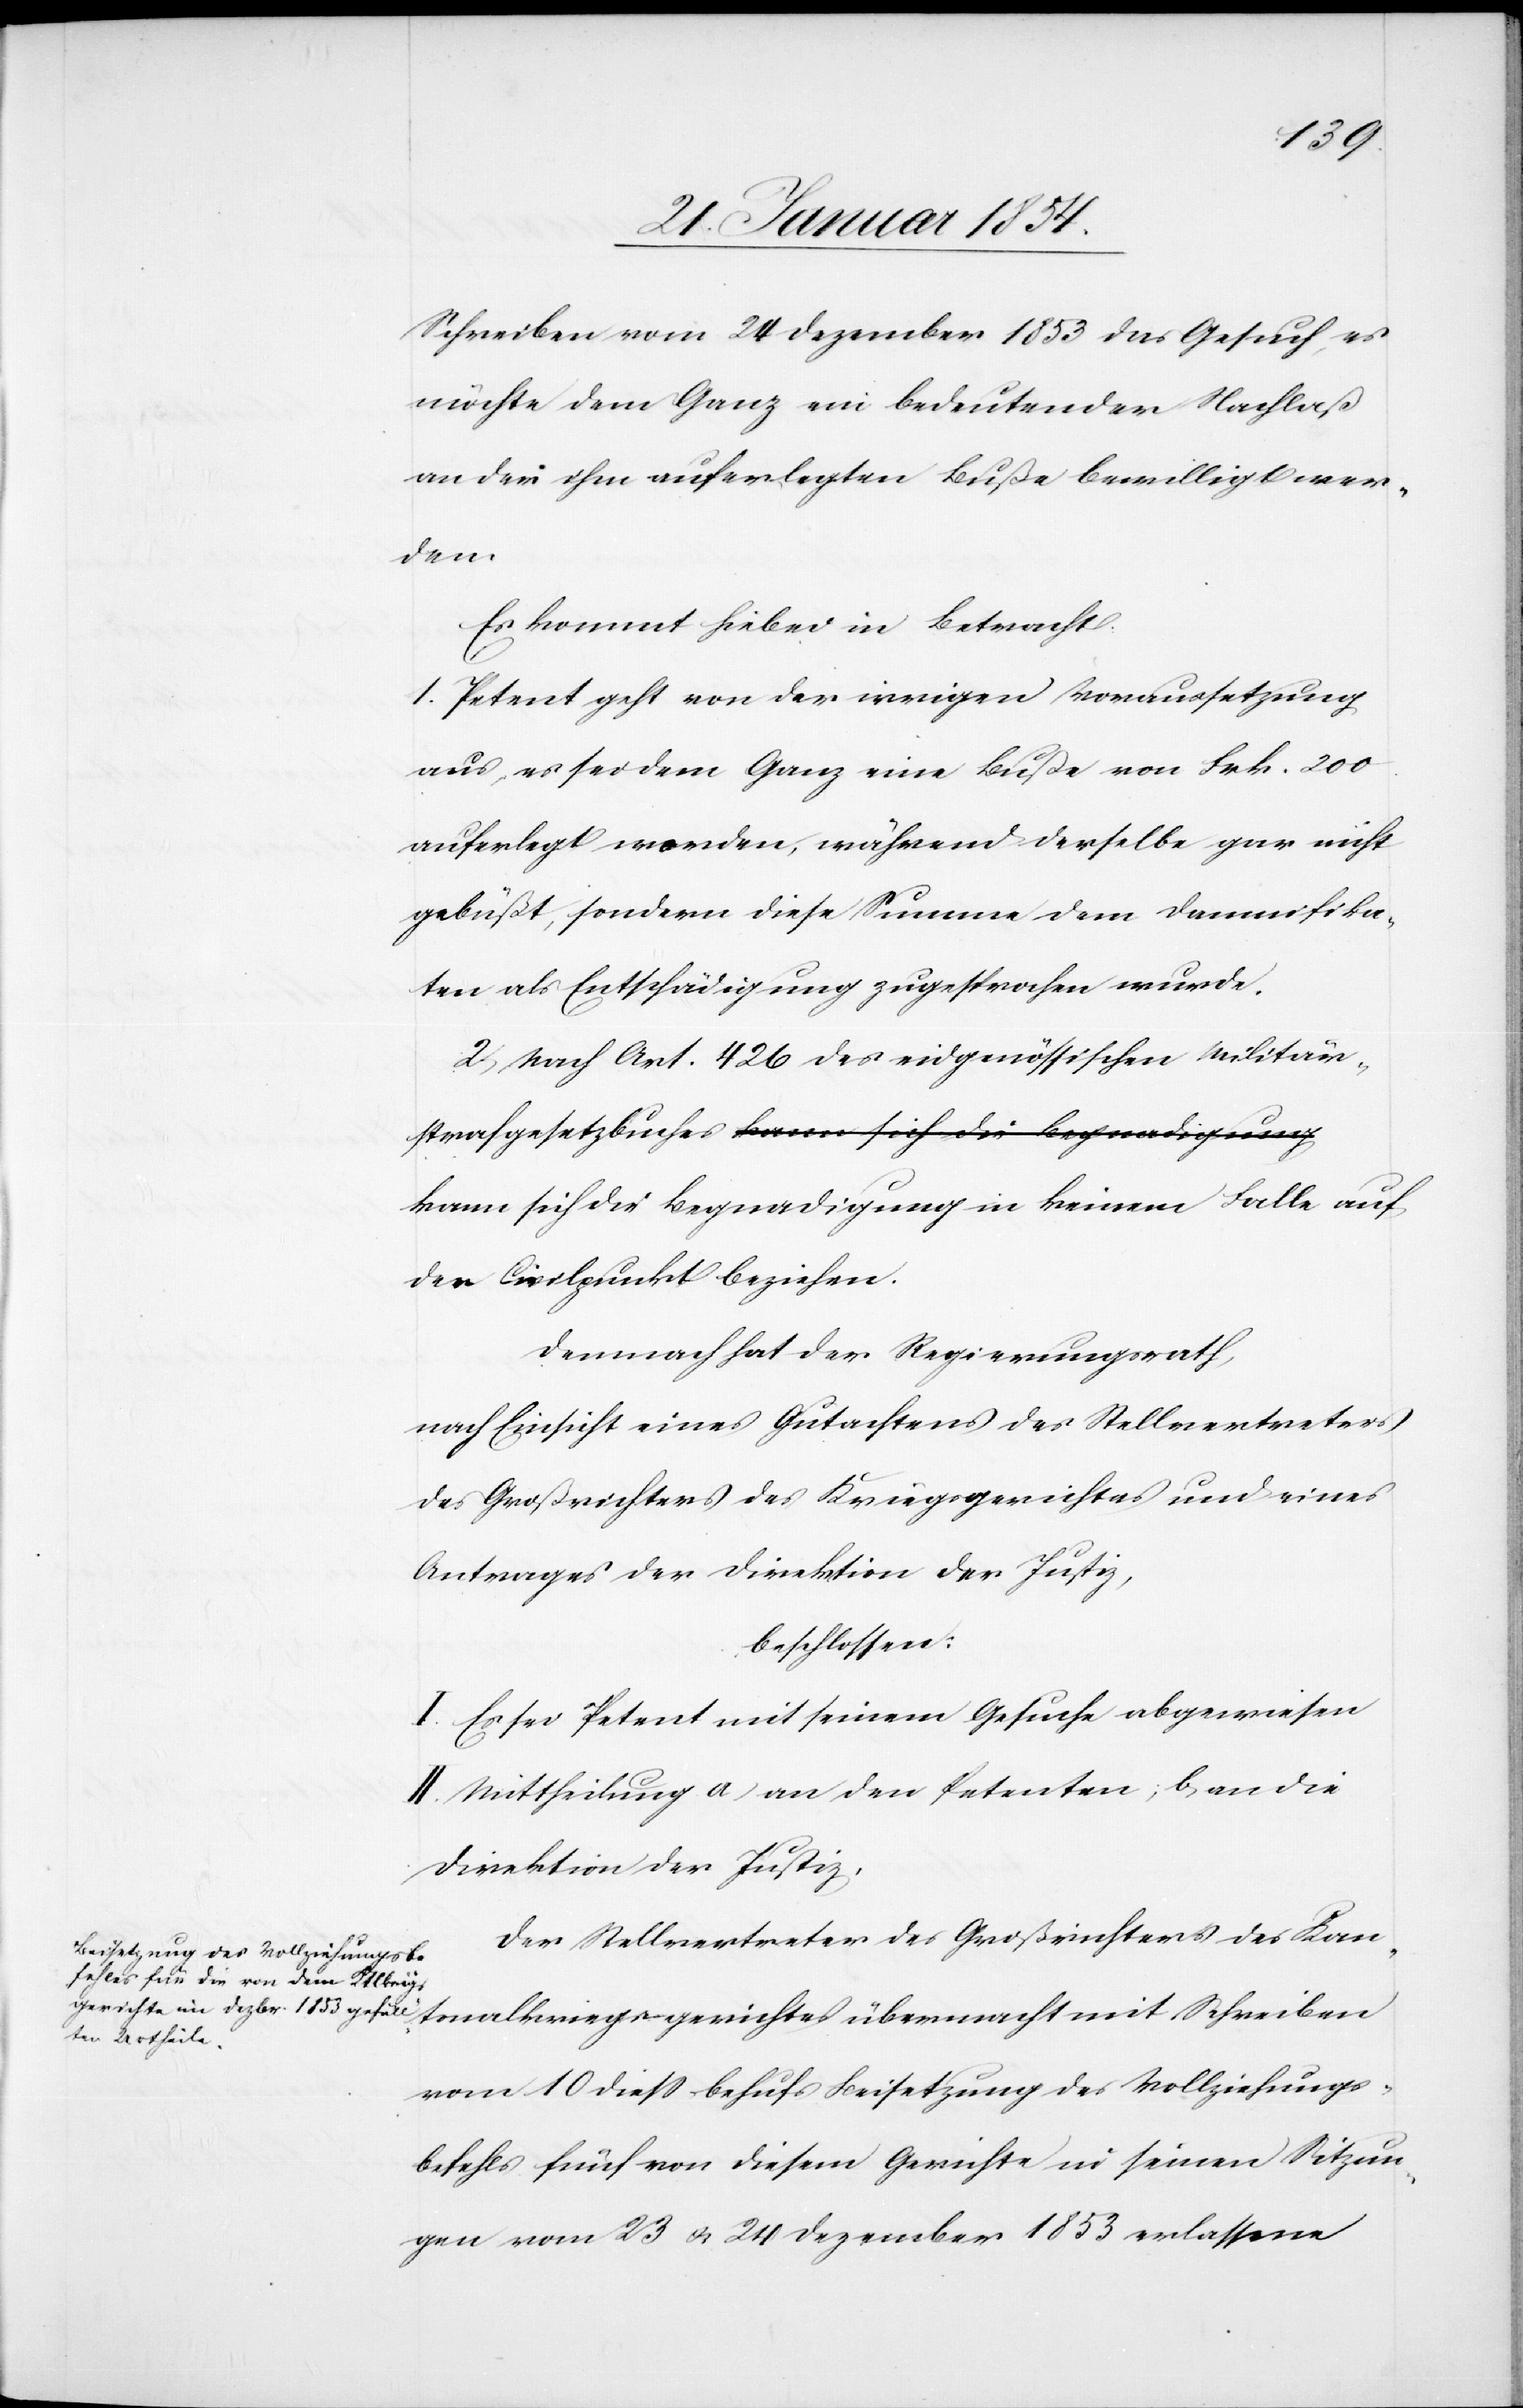
Schreiben vom 24 Dezember 1853 das Gesuch, es
möchte dem Ganz ein bedeutender Nachlaß
an der ihm auferlegten Buße bewilligt wer¬
den.
Es kommt hiebei in Betracht:
1. Petent geht von der irrigen Voraussetzung
aus, es sei dem Ganz eine Buße von Frk. 200
auferlegt worden, während derselbe gar nicht
gebüßt, sondern diese Summe dem Damnifika¬
ten als Entschädigung zugesprochen wurde.
2. Nach Art. 426 des eidgenössischen Militär¬
kann sich die Begnadigung in keinem Falle auf
den Civilpunkt beziehen.
Demnach hat der Regierungsrath,
nach Einsicht eines Gutachtens des Stellvertreters
des Großrichters des Kriegsgerichtes und eines
Antrages der Direktion der Justiz,
beschlossen:
I. Es sei Petent mit seinem Gesuche abgewiesen
II. Mittheilung a) an den Petenten; b) an die
Direktion der Justiz.
Der Stellvertreter des Großrichters des Kan¬
Schreiben
vom 10 dieß behufs Beisetzung des Vollziehungs¬
befehls fünf von diesem Gerichte in seinen Sitzun¬
gen vom 23 u. 24 Dezember 1853 erlassene